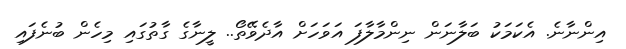
އިންނާނެ. އެކަމަކު ބަލާނަން ނިންމާލާފަ އަވަހަށް އާދެވޭތޯ.. ލީނާގެ ގާތުގައި މިހެން ބުނެފައި